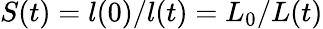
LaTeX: S(t)=l(0)/l(t)=L_{0}/L(t)